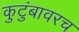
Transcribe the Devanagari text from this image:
कुटुंबावरच